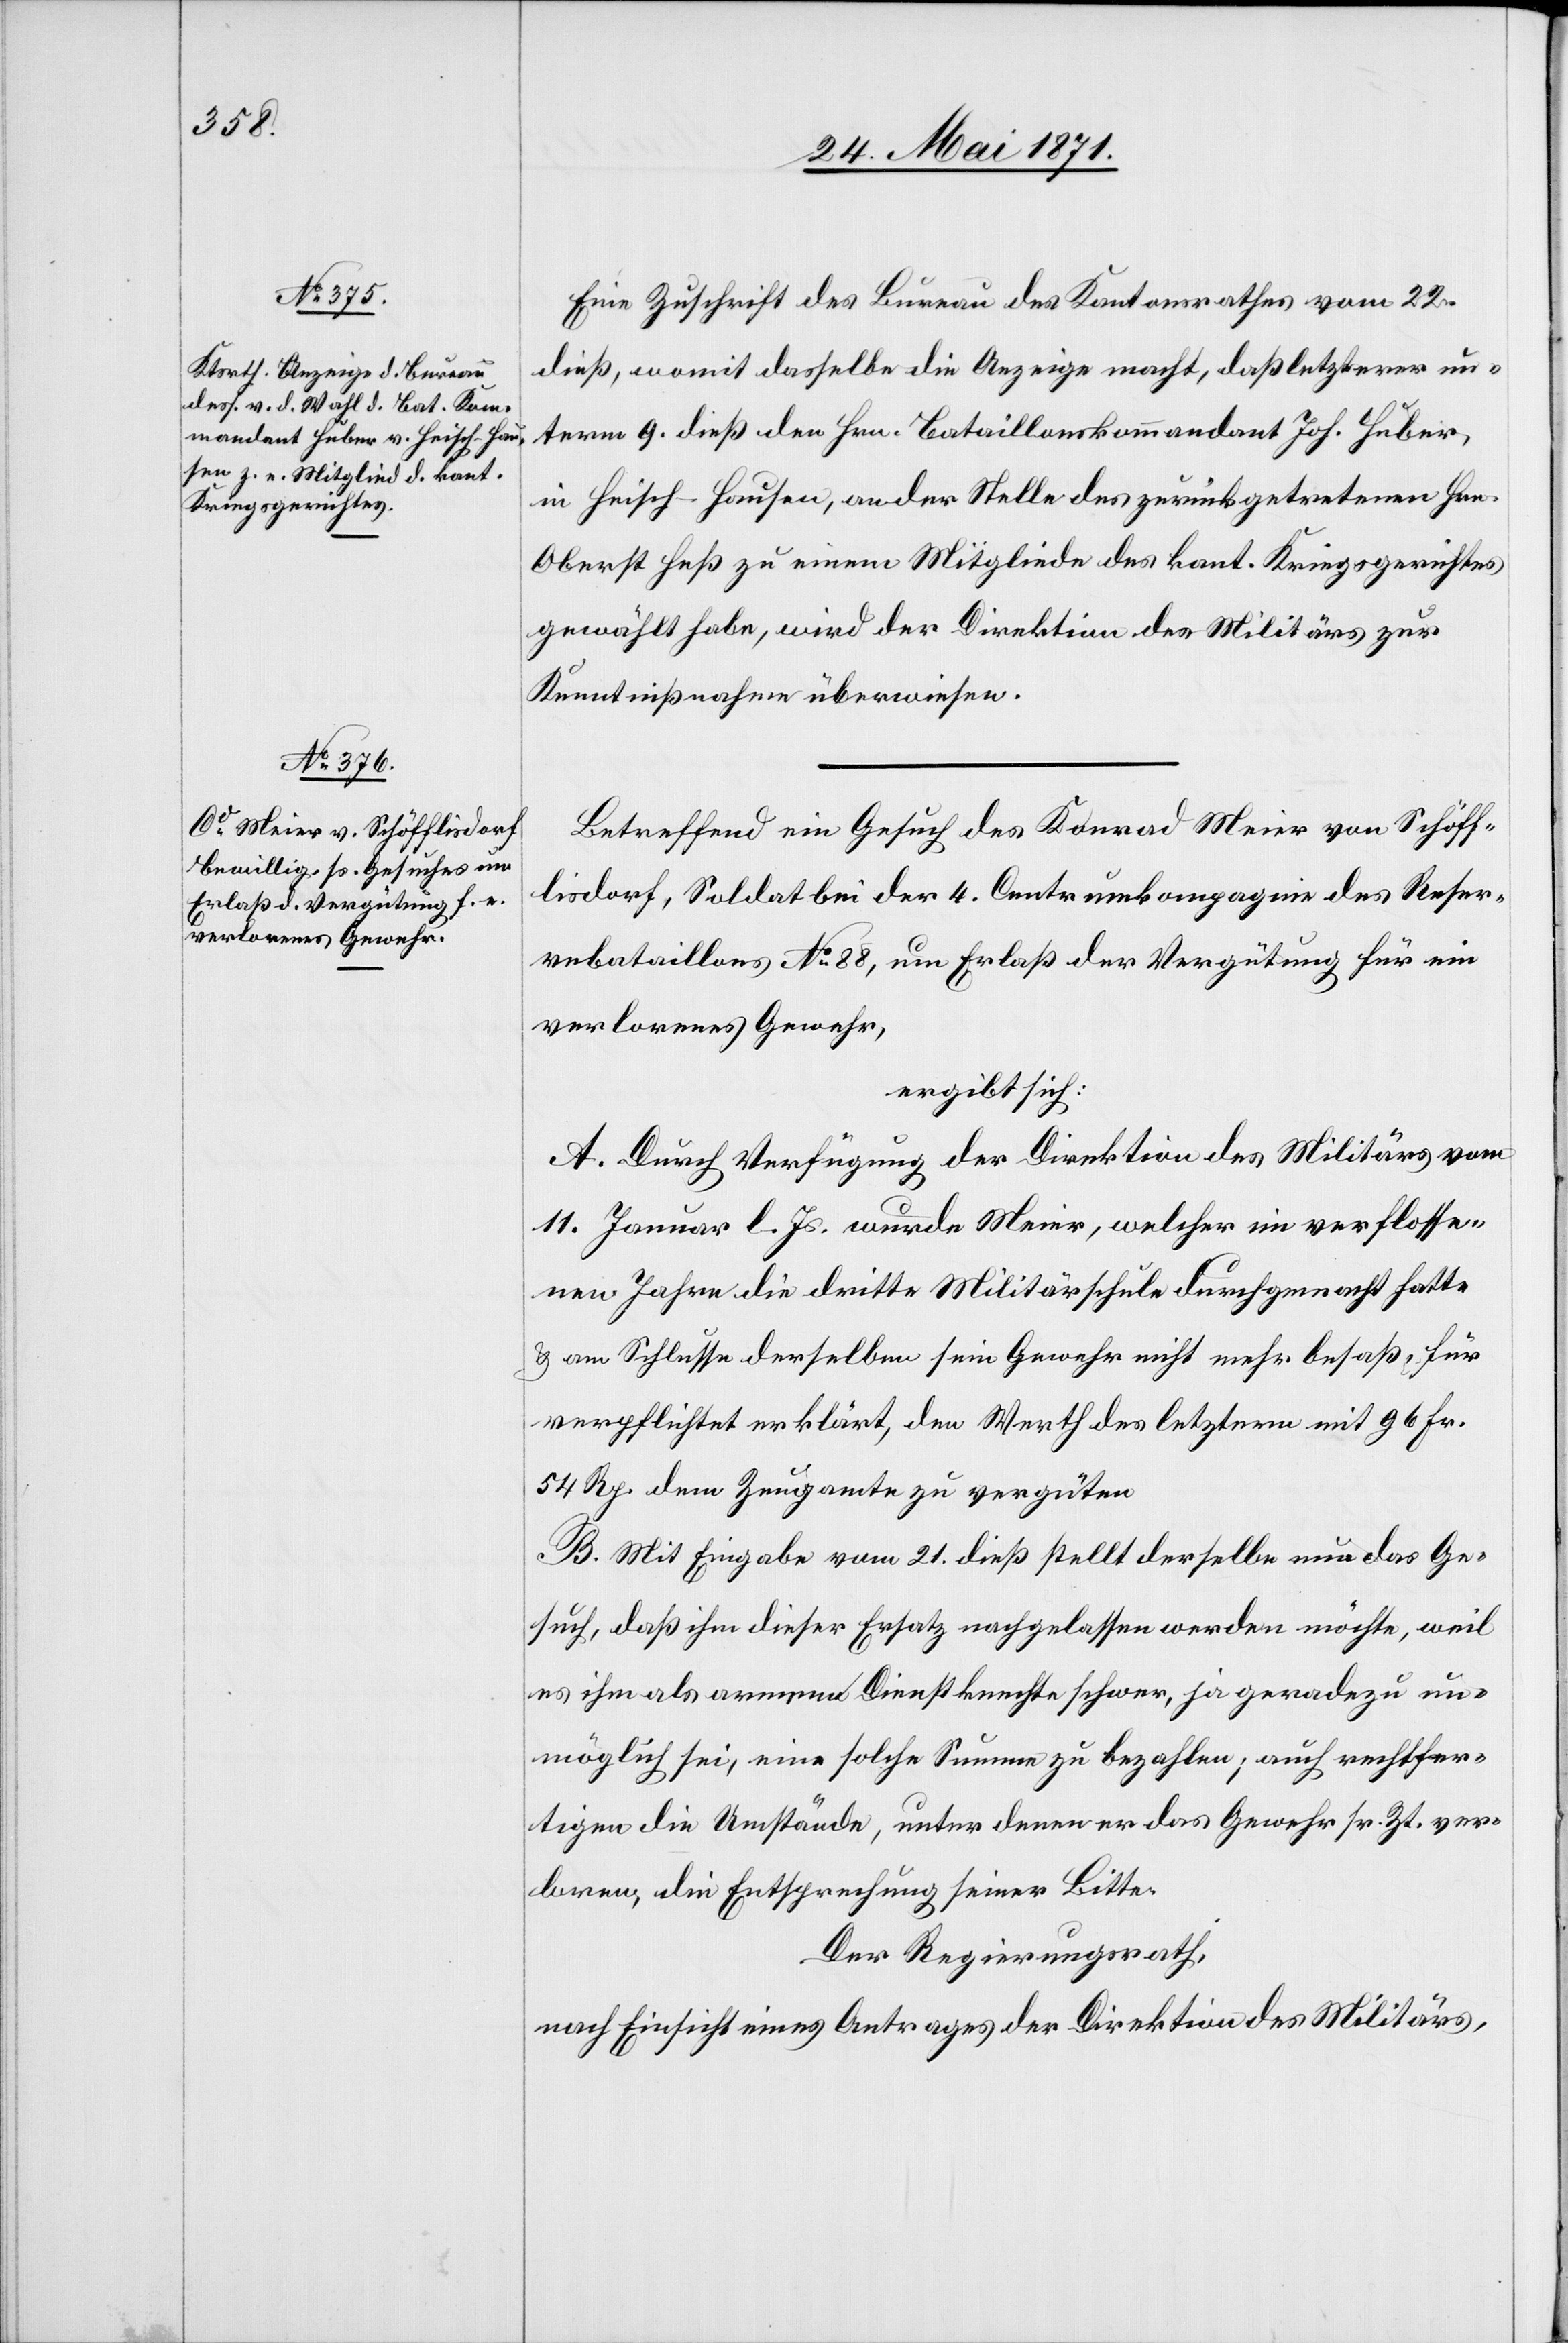
Eine Zuschrift des Bureau des Kantonsrathes vom 22.
dieß, womit dasselbe die Anzeige macht, daß letzterer un¬
term 9. dieß den Hrn. Bataillonskommandant Joh. Huber,
in Heisch-Hausen, an der Stelle des zurückgetretenen Hrn.
Oberst Heß zu einem Mitgliede des kant. Kriegsgerichtes
gewählt habe, wird der Direktion des Militärs zur
Kenntnißnahme überwiesen.
Betreffend ein Gesuch des Konrad Meier von Schöff¬
lisdorf, Soldat bei der 4. Centrumkompagnie des Reser¬
vebataillons No. 88, um Erlaß der Vergütung für ein
verlorenes Gewehr,
ergibt sich:
A. Durch Verfügung der Direktion des Militärs vom
11. Januar l. Js. wurde Meier, welcher in verflosse¬
nen Jahren die dritte Militärschule durchgemacht hatte
u. am Schlusse derselben sein Gewehr nicht mehr besaß, für
verpflichtet erklärt, den Werth des letztern mit 96 Fr.
54 Rp. dem Zeugamte zu vergüten.
B. Mit Eingabe vom 21. dieß stellt derselbe nun das Ge¬
such, daß ihm dieser Ersatz nachgelassen werden möchte, weil
es ihm als armene [sic!] Dienstknechte schwer, ja geradezu un¬
möglich sei, eine solche Summe zu bezahlen, auch rechtfer¬
tigen die Umstände, unter deren er das Gewehr sr. Zt. ver¬
loren, die Entsprechung seiner Bitte.
Der Regierungsrath,
nach Einsicht eines Antrages der Direktion des Militärs,